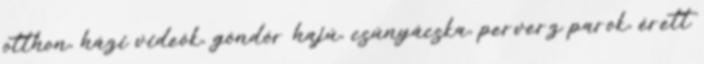
otthon, házi videók, göndör hajú, csúnyácska, perverz parok, érett